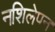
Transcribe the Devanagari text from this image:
नशिलेपन